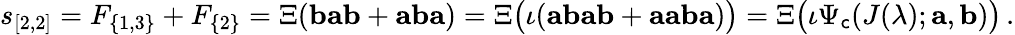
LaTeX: s_{[2,2]}=F_{\{ 1,3\} }+F_{\{ 2\} }=\Xi(\mathbf{b}\mathbf{a}\mathbf{b}+\mathbf{a}\mathbf{b}\mathbf{a})=\Xi\big(\iota(\mathbf{a}\mathbf{b}\mathbf{a}\mathbf{b}+\mathbf{a}\mathbf{a}\mathbf{b}\mathbf{a})\big)=\Xi\big(\iota\Psi_{\sf c}(J(\lambda);\mathbf{a},\mathbf{b})\big)\, .